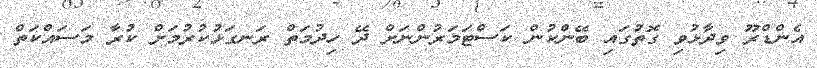
އެންޑްރޫ ވިދާޅުވި ގޮތުގައި ބޭންކުން ކަސްޓަމަރުންނަށް ދޭ ހިދުމަތް ރަނގަޅުކުރުމަށް ކުރާ މަސައްކަތް